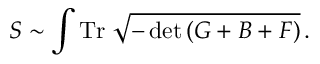
S \sim \int \mathrm { T r } \; \sqrt { - \operatorname * { d e t } \left( G + B + F \right) } \, .